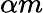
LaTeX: \alpha m